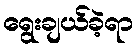
ရွေးချယ်ခဲ့ရာ